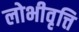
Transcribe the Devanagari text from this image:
लोभीवृत्ति